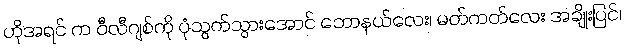
ဟိုအရင် က ဝီလီဂျစ်ကို ပုံသွက်သွားအောင် ဘောနယ်လေး၊ မတ်ကတ်လေး အချိုးပြင်၊